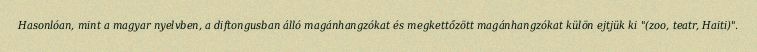
Hasonlóan, mint a magyar nyelvben, a diftongusban álló magánhangzókat és megkettőzött magánhangzókat külön ejtjük ki "(zoo, teatr, Haiti)".